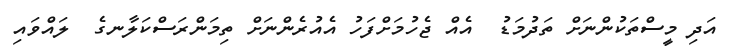
އަދި މީސްތަކުންނަށް ތަދުމަޑު  އެއް ޖެހުމަށްފަހު އެއުރެންނަށް ތިމަންރަސްކަލާނގެ  ލައްވައި